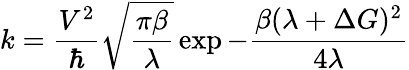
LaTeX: k=\frac{V^{2}}{\hbar}\sqrt{\frac{\pi\beta}{\lambda}}\exp{-\frac{\beta(\lambda+\Delta G)^{2}}{4\lambda}}